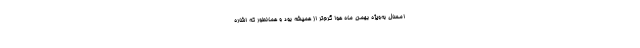
امسال به‌ویژه بهمن ماه هوا گرم‌تر از همیشه بود و همانطور که اشاره